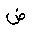
Letter: _dad